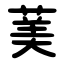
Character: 䓺